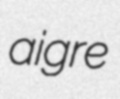
aigre